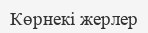
Көрнекі жерлер